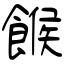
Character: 餱